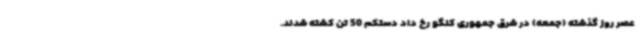
عصر روز گذشته (جمعه) در شرق جمهوری کنگو رخ داد دستکم 50 تن کشته شدند.